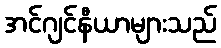
အင်ဂျင်နီယာများသည်